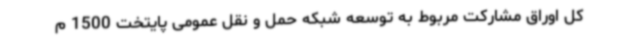
کل اوراق مشارکت مربوط به توسعه شبکه حمل و نقل عمومی پایتخت 1500 م